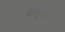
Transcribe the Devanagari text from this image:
पोर्क्यूपाइन